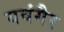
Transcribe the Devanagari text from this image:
यवंगैर